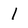
Character: l